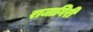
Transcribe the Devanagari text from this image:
राजागिरी